Vital statistics of India. Vol. V, Reports of 1876 on armies & jails and on epidemic cholera
Year: 1876
Disease focus: Cholera
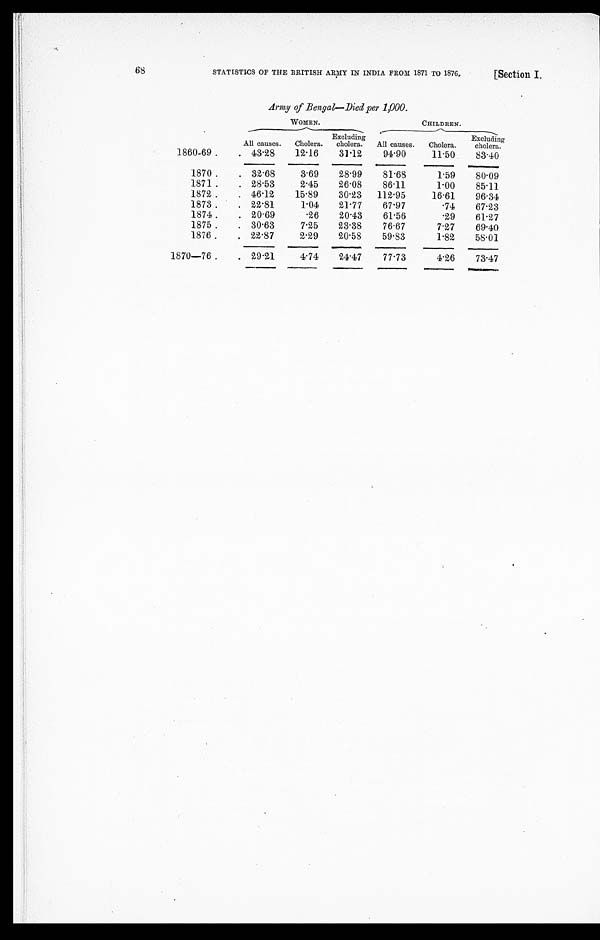
68
STATISTICS OF THE BRITISH ARMY IN INDIA FROM 1871 TO 1876.
[Section I.
Army of Bengal-Died per 1,000.
1860-69 . . .
WOMEN.
CHILDREN.
All causes.
Cholera.
Excluding
cholera.
All causes.
Cholera.
Excluding
cholera.
43.28
12.16
31.12
94.90
11.50
83.40
1870 . . .
32.68
3.69
28.99
81.68
1.59
80.09
1871 . . .
28.53
2.45
26.08
86.11
1.00
85.11
1872 . . .
46.12
15.89
30.23
112.95
16.61
96.34
1873 . . .
22.81
1.04
21.77
67.97
.74
67.23
1874 . . .
20.69
.26
20.43
61.56
.29
61.27
1875 . . .
30.63
7.25
23.38
76.67
7.27
69.40
1876 . . .
22.87
2.29
20.58
59.83
1.82
58.01
1870—76 . . .
29.21
4.74
24.47
77.73
4.26
73.47